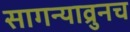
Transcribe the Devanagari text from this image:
सागन्याव्रुनच